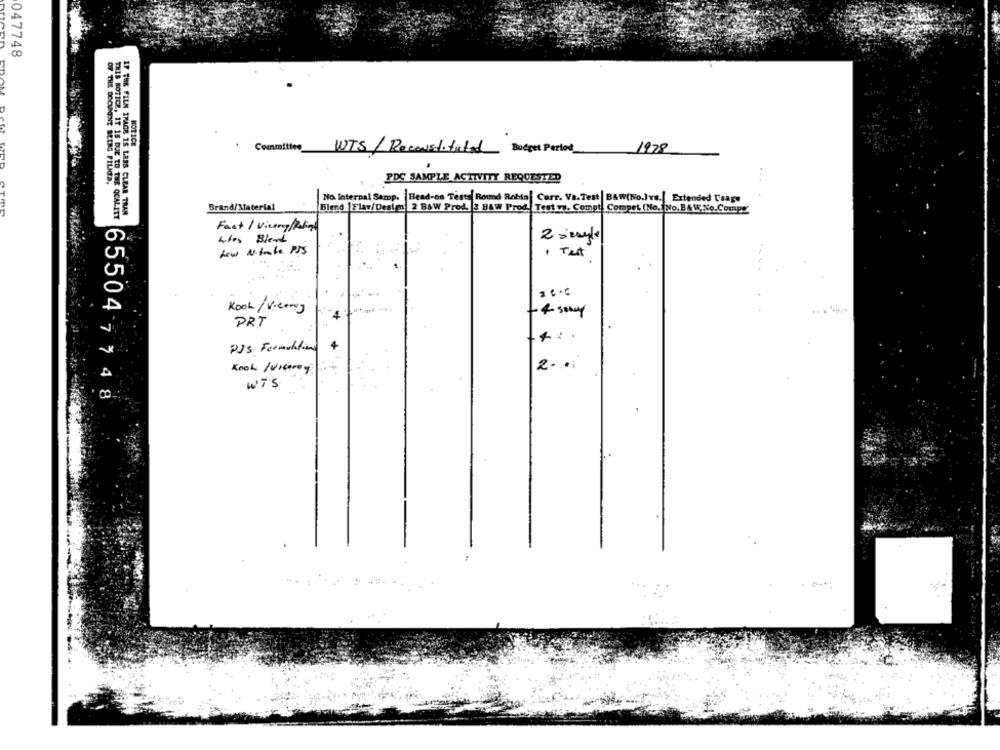
047748
NOTICE
Committee WTS/Reconstituted Budget Period
1978
PDC SAMPLE ACTIVITY REQUESTED
No Internal Samp. Head-on Tests Round Robin[ Curr. Vs.Test | BAW(No.)vs.[ Extended Usage
Brand/Material
Blend |Flav/Desim 2 B&W Prod. 3 B&W Prod. Test va. Compt. Compet (No, No, B&W.No.Compe"
THIS NOTICE, 17 15 DUE TO THE QUALITY
IF THE FILM IMAGE 15 LESS CLEAR TRAN
Fast / Viking/ Palin
Lifts Blend
New Nitrate PIS
. Test
Kook / viery
PRT
PJs Formulation
Kook /viceroy
Wis
65504 7 7 4 8